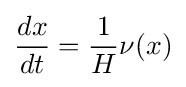
{\frac {dx}{dt}}={\frac {1}{H}}\nu (x)